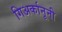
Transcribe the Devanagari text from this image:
गिअर्कानूनी